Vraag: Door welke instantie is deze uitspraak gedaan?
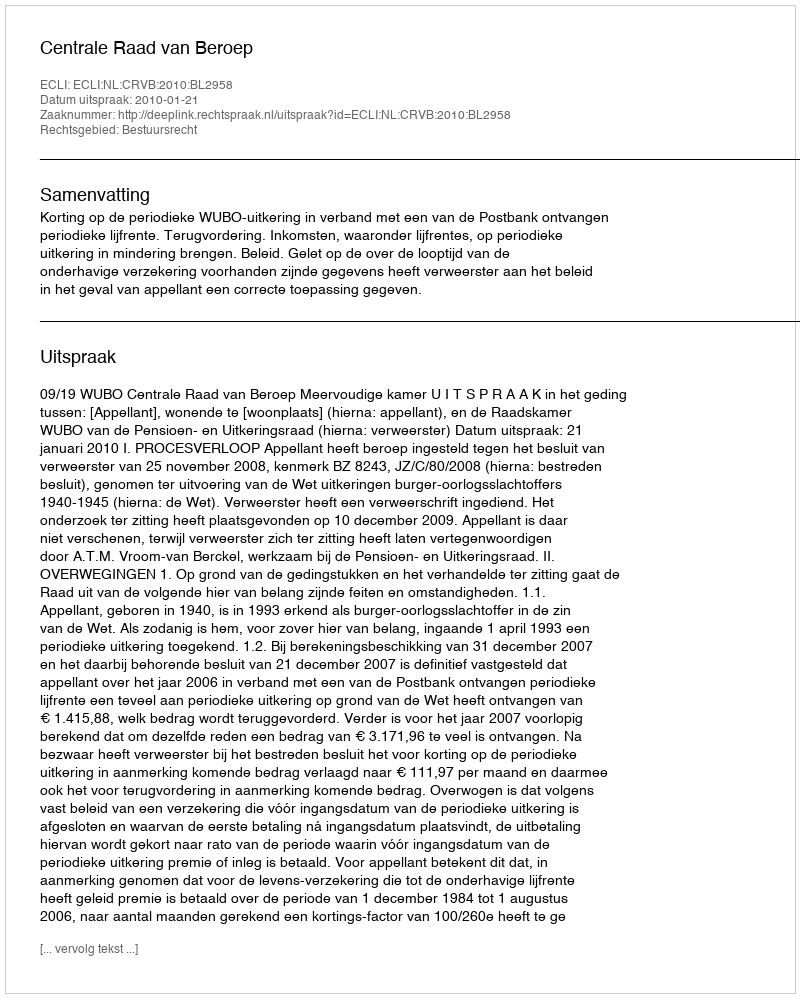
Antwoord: Centrale Raad van Beroep